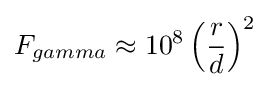
F_{gamma}\approx 10^{8}\left({\frac {r}{d}}\right)^{2}